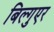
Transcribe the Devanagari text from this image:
बिल्गुएर